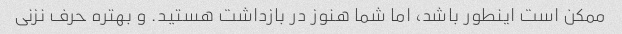
ممکن است اینطور باشد، اما شما هنوز در بازداشت هستید. و بهتره حرف نزنی